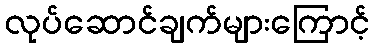
လုပ်ဆောင်ချက်များကြောင့်